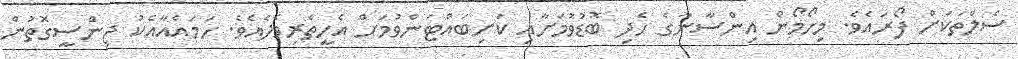
ސެލްތަކަށް ފޯރައެވެ. މިހޯމޯން އިންސާނާގެ ހެދި ބޮޑުވުމަށާއި ކަށިބައްޓަންވުމަށް އެހީތެރިވެދެއެވެ. ހަމައެއާއެކު ޖިންސީގޮތުން